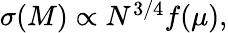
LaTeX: \begin{array}{r}{\sigma(M)\propto N^{3/4}f(\mu),}\end{array}